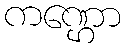
ကဏ္ဌော